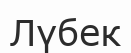
Лүбек